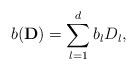
\begin{align*}b(\mathbf{D})=\sum \limits _{l=1}^d b_lD_l,\end{align*}